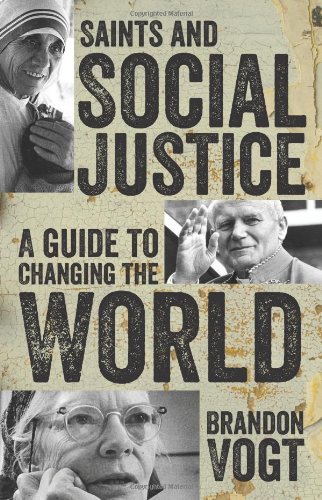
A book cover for Saints and Social Justice: A Guide to Changing the World; Brandon Vogt; Christian Books & Bibles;